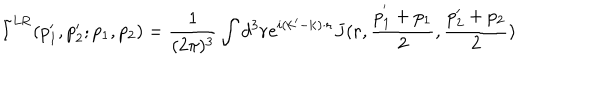
LaTeX: \tilde { I } ^ { \mathrm { L R } } ( p _ { 1 } ^ { \prime } , p _ { 2 } ^ { \prime } ; p _ { 1 } , p _ { 2 } ) = { \frac { 1 } { ( 2 \pi ) ^ { 3 } } } \int d ^ { 3 } { \bf r } e ^ { i ( { \bf k } ^ { \prime } - { \bf k } ) \cdot { \bf r } } J ( { \bf r } , { \frac { { p } _ { 1 } ^ { ' } + p _ { 1 } } { 2 } } , { \frac { p _ { 2 } ^ { \prime } + p _ { 2 } } { 2 } } )